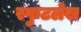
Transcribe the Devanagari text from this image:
स्फुटलेख